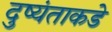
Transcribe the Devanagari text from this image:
दुष्यंताकडे